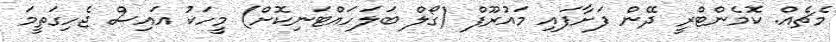
މެޗެއް. ކޮމެންޓްރީ ދޭން ފަށާފައި މައުރޫފް (ގޯލް ބަލަހައްޓަނިކޮށް) މީހަކު އައިސް ޖެހިގަތީމަ